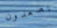
يصعدون